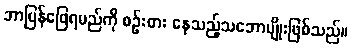
ဘာပြန်ဖြေရမည်ကို စဉ်းစား နေသည့်သဘောမျိုးဖြစ်သည်။